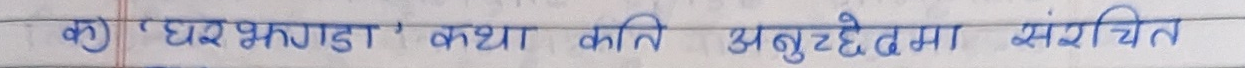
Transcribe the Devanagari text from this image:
क) ‘घरझगडा’ कथा कति अनुच्छेदमा संरचित